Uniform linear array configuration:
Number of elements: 48
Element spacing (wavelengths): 0.25
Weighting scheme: binomial
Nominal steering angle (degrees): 0
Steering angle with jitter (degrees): -0.7572
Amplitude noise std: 0.05
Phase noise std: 0.05

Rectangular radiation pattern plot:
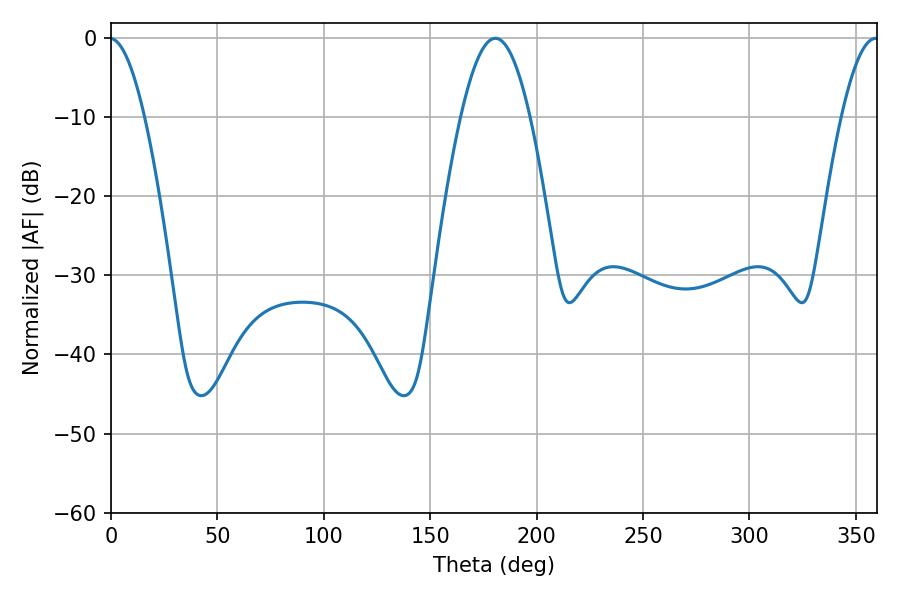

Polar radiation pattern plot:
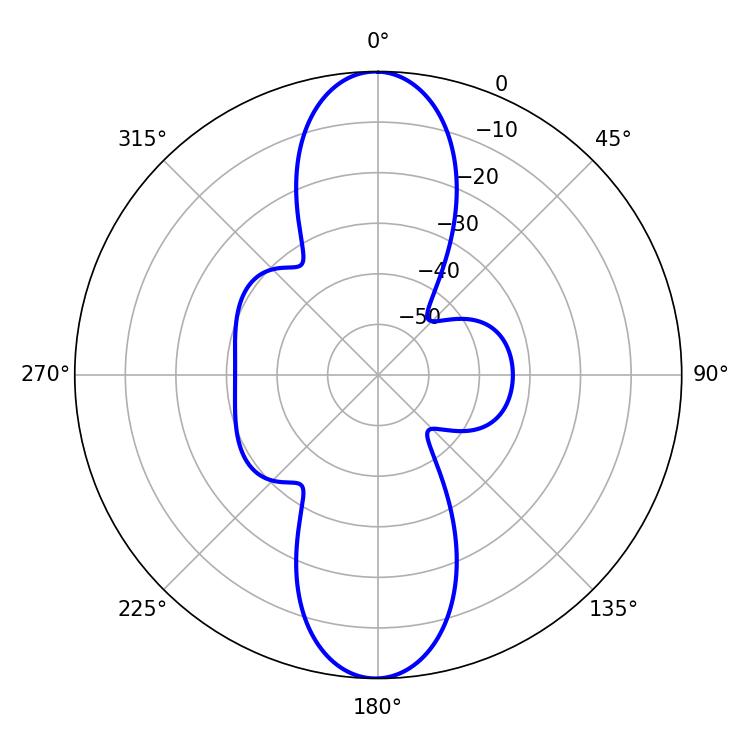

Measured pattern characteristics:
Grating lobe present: FALSE
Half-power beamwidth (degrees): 17.64
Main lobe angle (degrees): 180.54